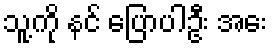
သူ့ကို နင် ပြောပါဦး အေး